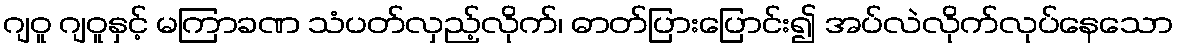
ဂျဝူ ဂျဝူနှင့် မကြာခဏ သံပတ်လှည့်လိုက်၊ ဓာတ်ပြားပြောင်း၍ အပ်လဲလိုက်လုပ်နေသော